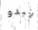
يبدو